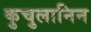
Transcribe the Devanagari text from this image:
कुचुलानिन